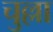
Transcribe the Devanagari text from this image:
चुल्ला